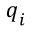
\boldsymbol { q } _ { i }